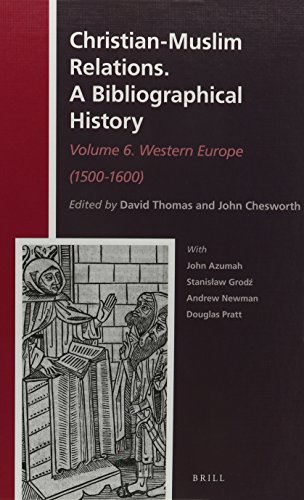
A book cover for Christian-Muslim Relations. a Bibliographical History.: Volume 6. Western Europe (1500-1600) (History of Christian-Muslim Relations / Christian-Muslim Rel); Christian Books & Bibles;